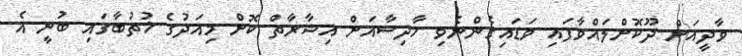
ވާދީއަށް ދޫކޮށްލައްވާފައި ވަޑައިގެންނެވި ހާދިސާއަށް އިޝާރާތް ކޮށް މިއަދުގެ ޚުތުބާގައި ބުނީ އެ